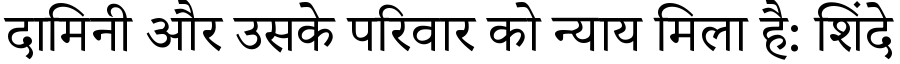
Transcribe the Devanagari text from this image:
दामिनी और उसके परिवार को न्याय मिला है: शिंदे